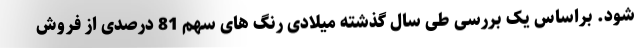
شود. براساس یک بررسی طی سال گذشته میلادی رنگ های سهم 81 درصدی از فروش